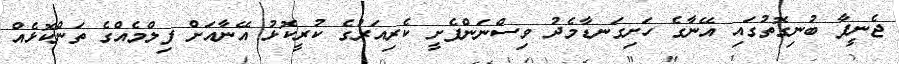
ޖެނީފާ ބުނިގޮތުގައި އޭނާގެ ހަށިގަނޑާމެދު ވިސްނަންފެށީ ކެރިއަރުގެ ކުރީކޮޅު އޭނާއަށް ފިލްމެއްގެ ތަންކޮޅެއް